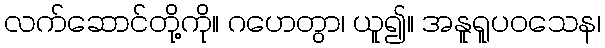
လက်ဆောင်တို့ကို။ ဂဟေတွာ၊ ယူ၍။ အနူရူပဝသေန၊